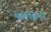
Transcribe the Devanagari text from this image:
पेलेग्रिनो